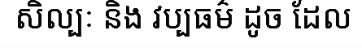
សិល្បៈ និង វប្បធម៌ ដូច ដែល